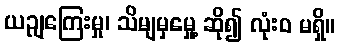
ယဉျကြေးမှု၊ သိမျမှမှေု့ ဆို၍ လုံးဝ မရှိ။